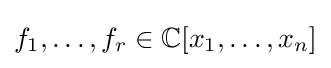
f_{1},\ldots ,f_{r}\in \mathbb {C} [x_{1},\ldots ,x_{n}]